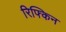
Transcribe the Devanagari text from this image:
रिफ्किन